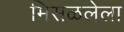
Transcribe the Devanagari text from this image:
मिसळलेला